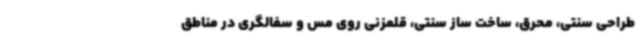
طراحی سنتی، محرق، ساخت ساز سنتی، قلمزنی روی مس و سفالگری در مناطق